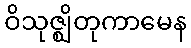
ဝိသုဇ္ဈိတုကာမေန